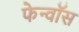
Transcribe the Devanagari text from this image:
फेन्‍वॉस